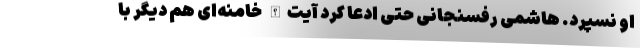
او نسپرد. هاشمی رفسنجانی حتی ادعا کرد آیت‌الله خامنه‌ای هم دیگر با